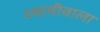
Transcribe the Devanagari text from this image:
श्यामीवाला